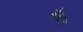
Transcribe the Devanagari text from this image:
मेन्टर